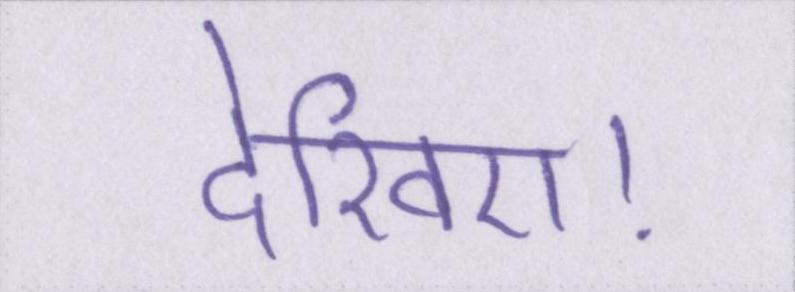
देखिए।